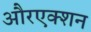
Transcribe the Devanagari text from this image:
औरएक्शन